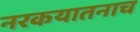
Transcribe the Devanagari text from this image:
नरकयातनाच